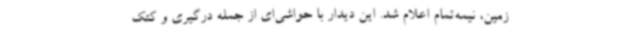
زمین، نیمه‌تمام اعلام شد. این دیدار با حواشی‌ای از جمله درگیری و کتک